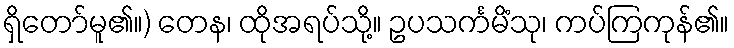
ရှိတော်မူ၏။) တေန၊ ထိုအရပ်သို့။ ဥပသင်္ကမိံသု၊ ကပ်ကြကုန်၏။